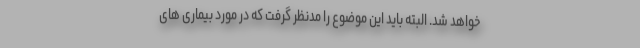
خواهد شد. البته باید این موضوع را مدنظر گرفت که در مورد بیماری های